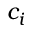
c _ { i }